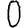
Digit: 0